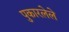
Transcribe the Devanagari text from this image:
पुकारलेले